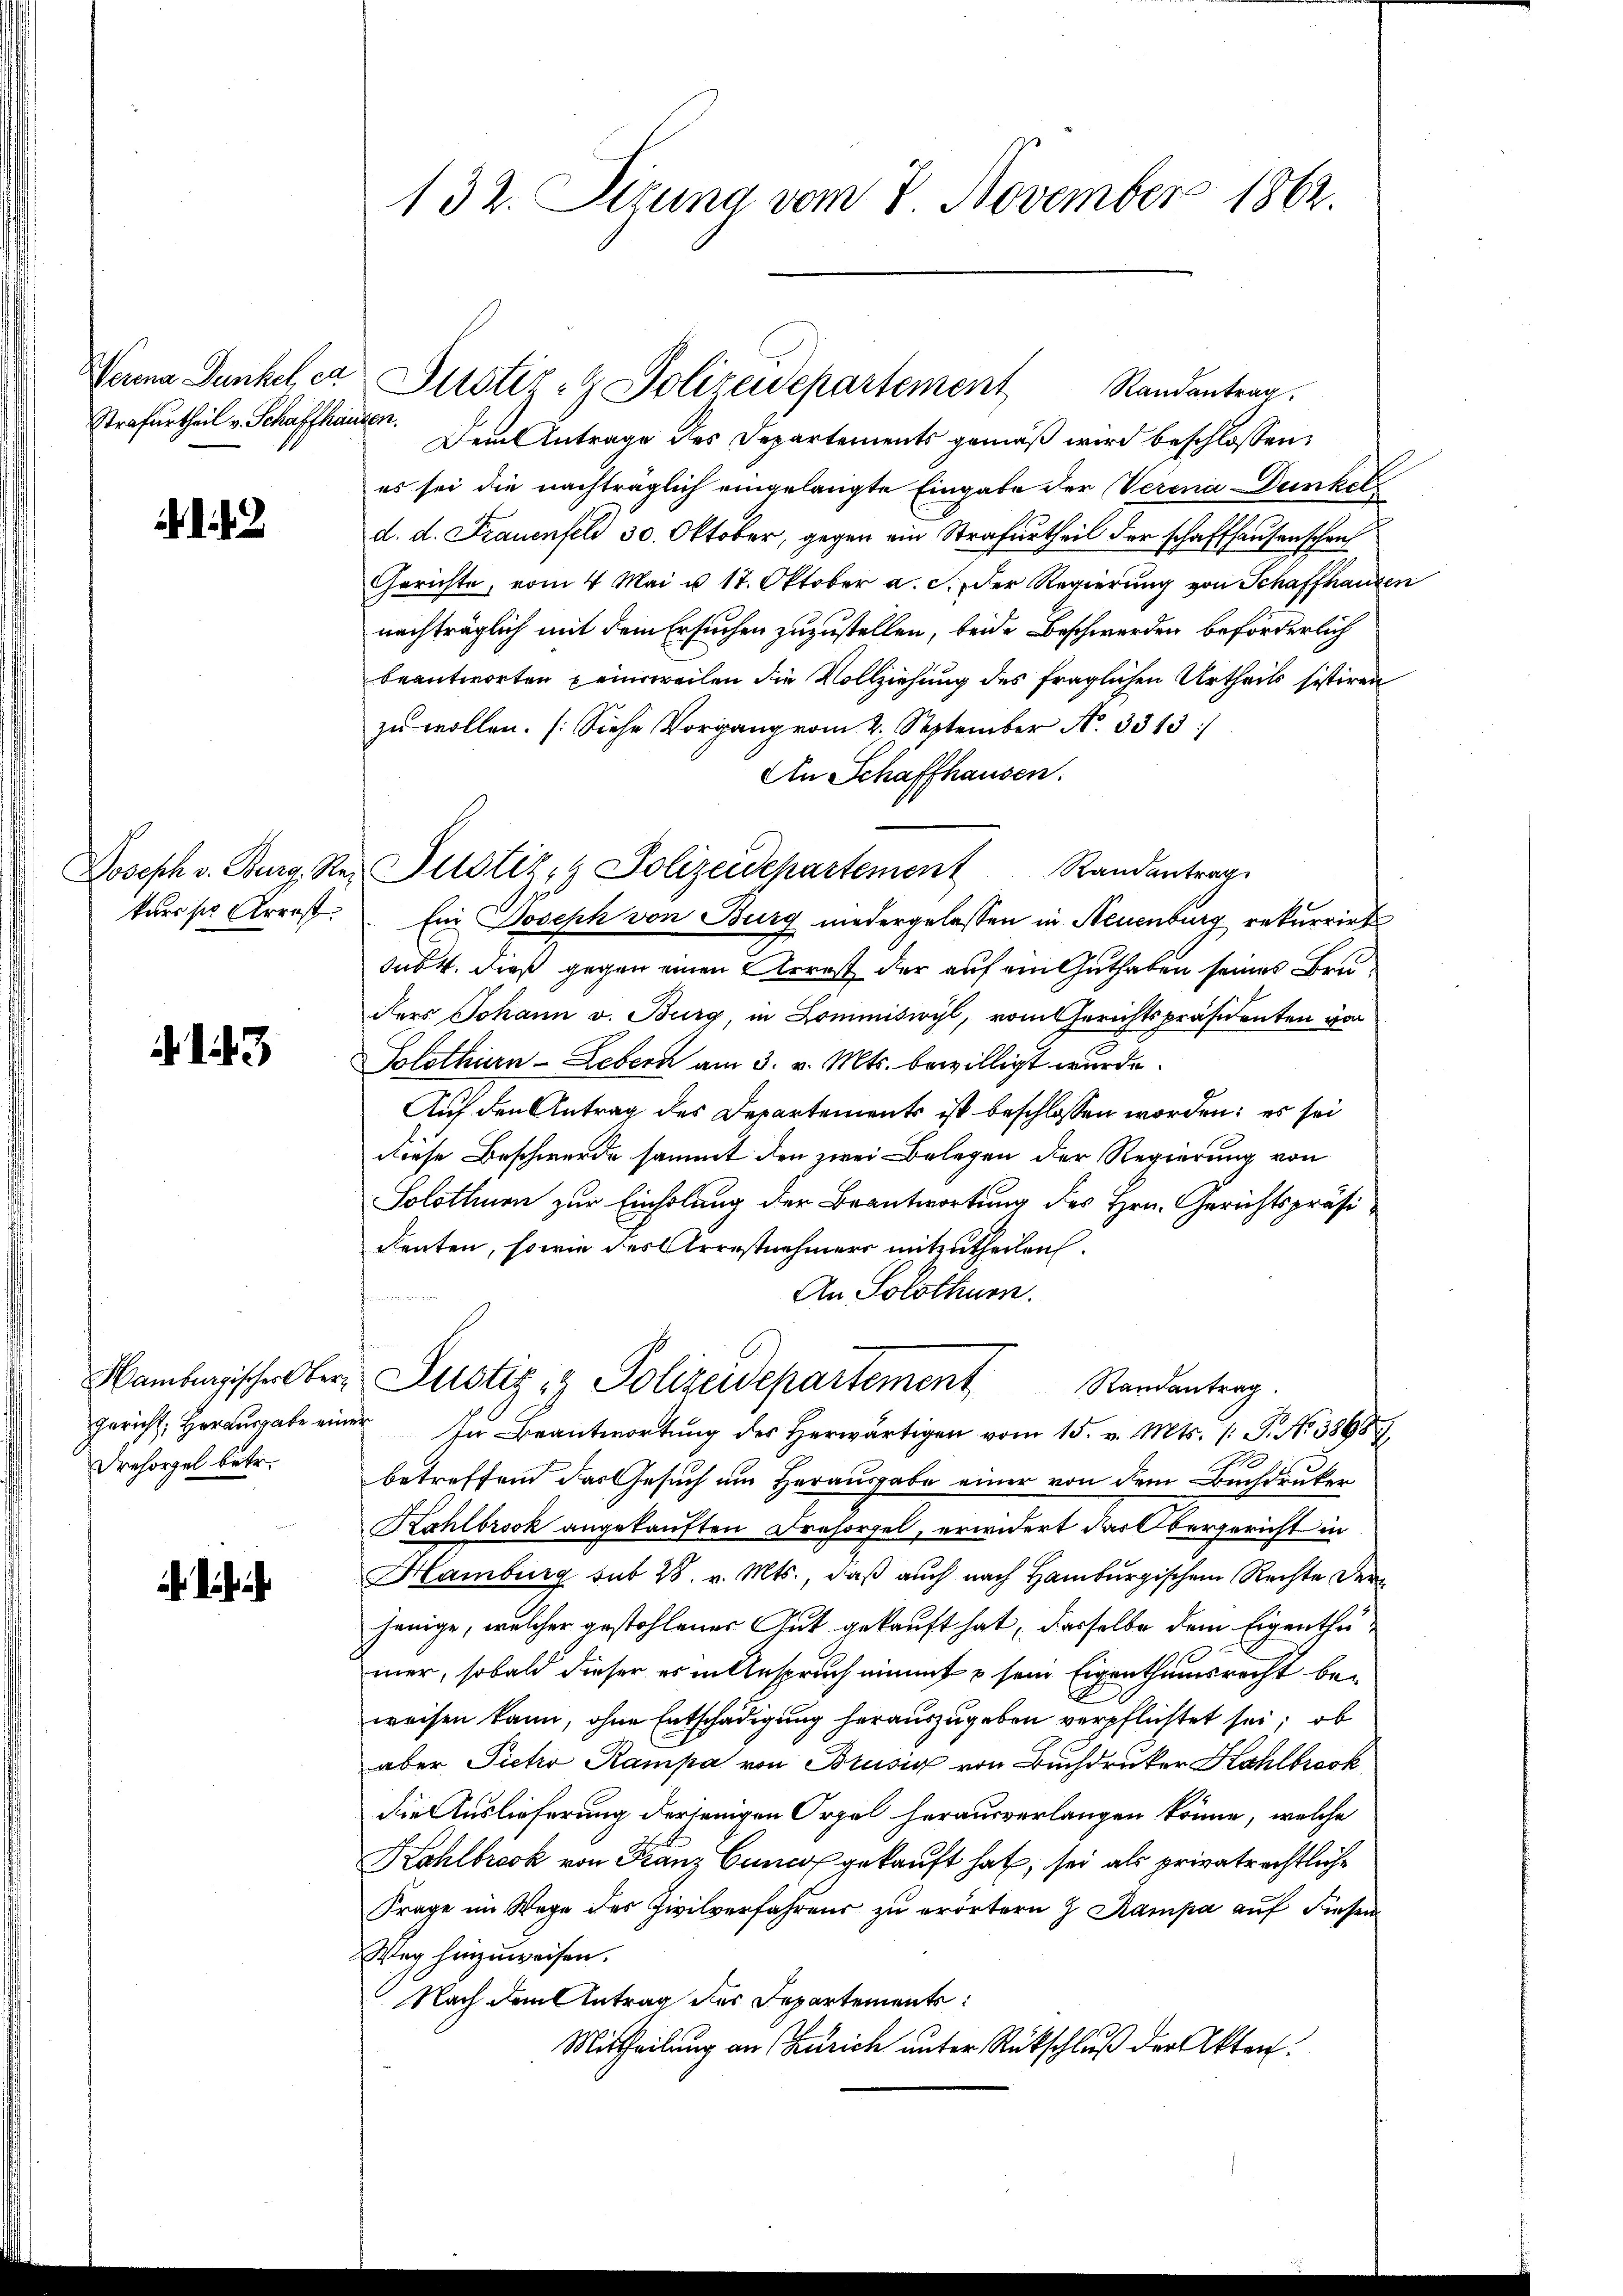
Verena Dunkel ca
Strafurtheil v. Schaffhausen.

Joseph v. Burg, Rekuris Arrest

3

Hamburgischer Obergericht, Herausgabe eine
Drehorgel betr.

132. Sizung vom 8. November 1862.

Dem Antrage des Departements gemäß wird beschlossen,
es sei die nachträglich eingelangte Eingabe der Verena Dunkel
d. d. Frauenfeld 30. Oktober, gegen ein Strafurtheil der schaffhausenschrif
Gerichte, vom 4. Mai u. 17. Oktober a. c. der Regierung von Schaffhausen
nachträglich mit dem Ersuchen zuzustellen, beide Beschwerden beförderlich
beantworten einsweilen die Vollziehung des fraglichen Urtheils sistiren
zŭ wollen. (Siehe Vorgang vom 2. September N. 3313/
An Schaffhausen.
Ein Joseph von Burg niedergelassen in Neuenburg rekurrirt
dus 4. dieß gegen einen Arrest der auf ein Guthaben seines Bruders Johann v. Burg, in Kommiswyl, vom Gerichtspräsidenten von
Solothurn - Lebern am 3. v. Mts. bewilligt wurde.
Auf den Antrag des Departements ist beschlossen worden: es sei
diese Beschwerde sammt den zwei Belegen der Regierung von
Solothurn zur Einholung der Beantwortung des Hrn. Gerichtspräsidenten, sowie des Arrestnehmers mitzutheilen.
An Solothurn.
Justiz & Polizeidepartement Randantrag.
¬
In Beantwortung des herwärtigen vom 15. v. Mts. 1 S. Nr. 3868
betreffend das Gesuch um Herausgabe einer von dem Buchdruken
Hahlbrock angekauften Dresorgel, erwidert das Obergericht in
Hamburg sub 28. v. Mts., daß auch nach Hamburgischen Rechte der
jenige, welcher gestohlener Gut gekauft hat, dasselbe dem Eigenthumer, sobald dieser es in Anspruch nimmt & sein Eigenthumsrecht beweisen kann, ohne Entschädigung herauszugeben verpflichtet sei, ob
aber Pietro Rampa von Brusig von Buchdrucker Kahlbrook
die Auslieferung derjenigen Orgel herausverlangen könne, welche
Kohlbrook von Franz Cunco gekauft hat, sei als privatrechtliche
Frage im Wege des Civilverfahrens zu erörtern J. Kampa auf diesen
Weg hinzuweisen.
Nach dem Antrag des Departements
Mittheilung an Zürich unter Rückschluß der Akten:

Justiz- & Polizeidepartement
Randantrag.

Justiz- & Polizeidepartement Randantrag